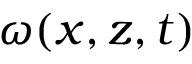
\omega ( x , z , t )